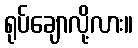
ရုပ်ချောလို့လား။